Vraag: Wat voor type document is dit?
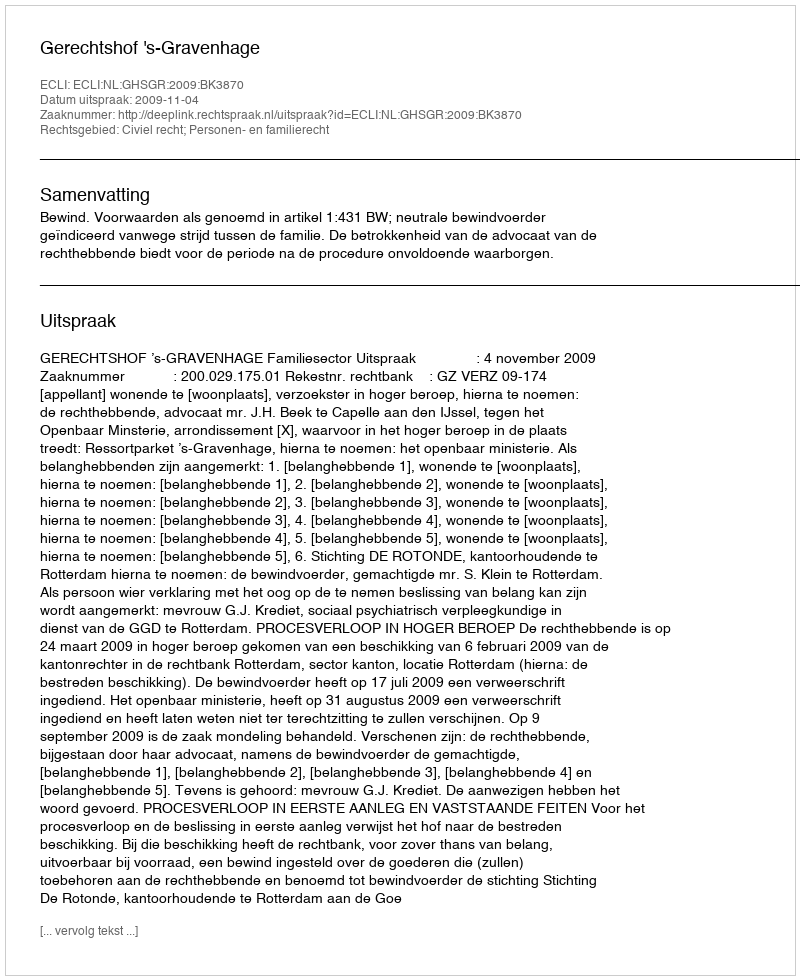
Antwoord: Uitspraak